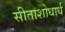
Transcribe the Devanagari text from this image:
सीताशोधार्ध